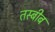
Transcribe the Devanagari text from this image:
तस्बीब